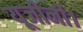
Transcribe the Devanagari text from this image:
यूजीनी।